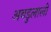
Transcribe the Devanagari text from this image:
अबडुलाली